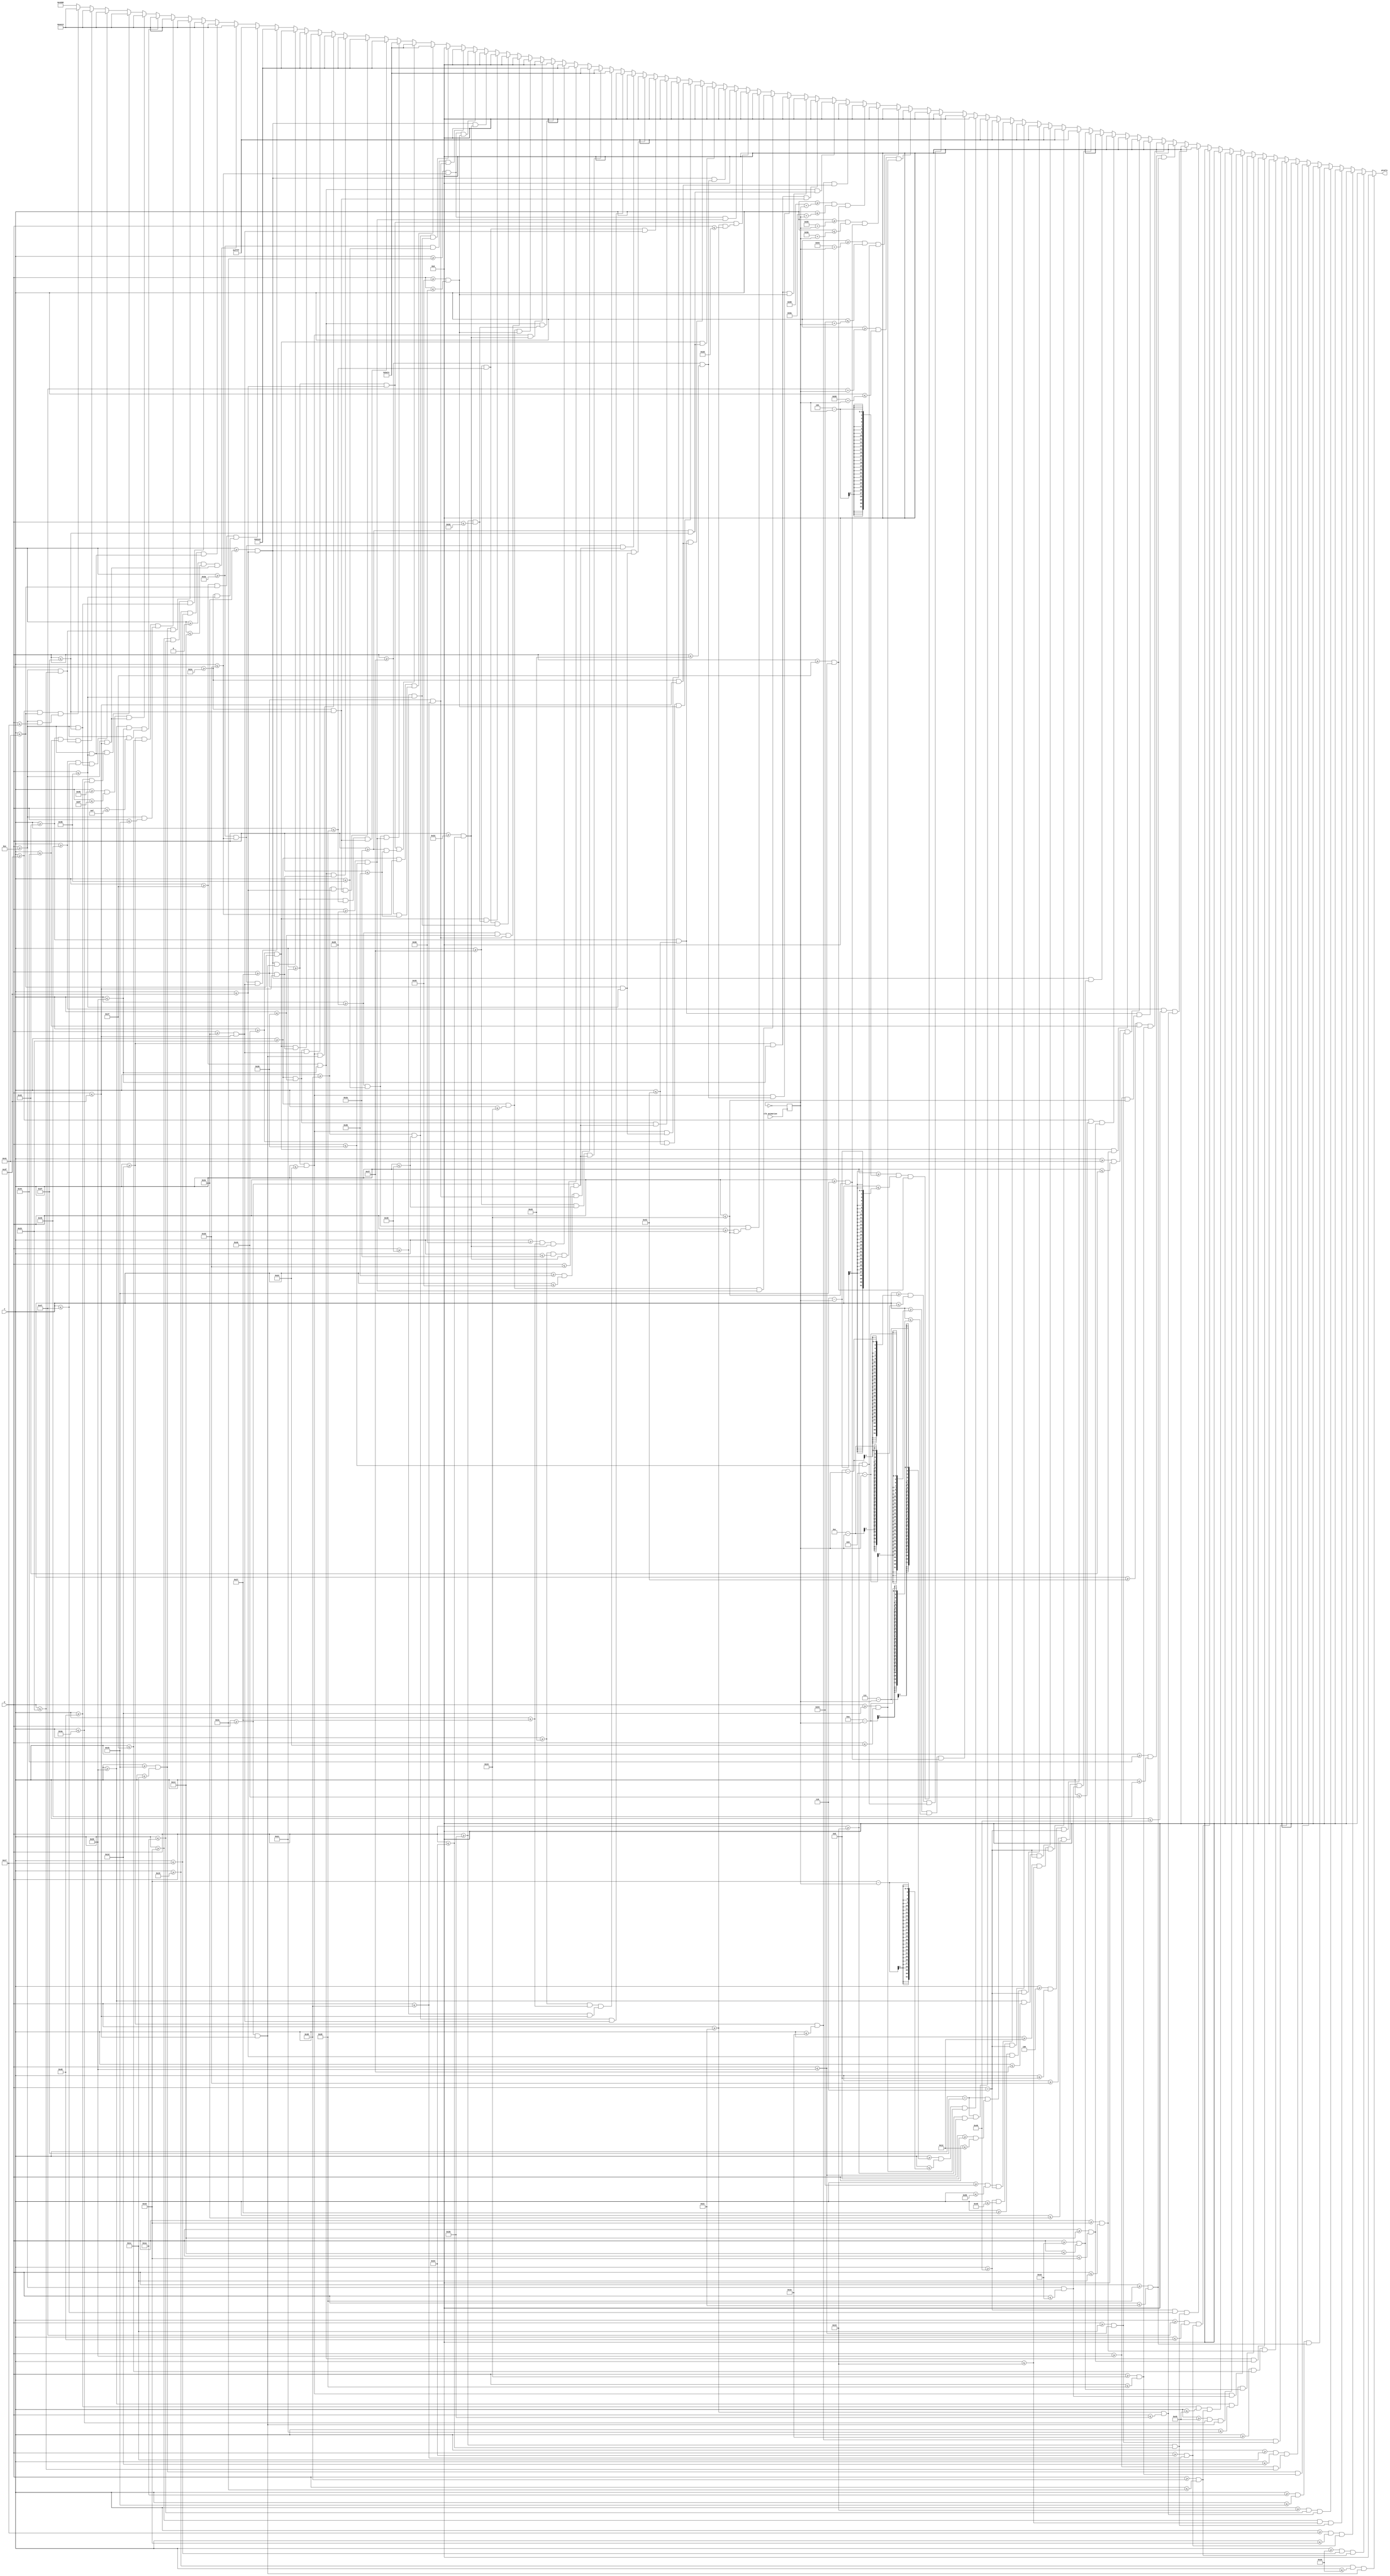
`timescale 1ns / 1ps
//////////////////////////////////////////////////////////////////////////////////
// Company: 
// Engineer: 
// 
// Design Name: 
// Module Name: choice
// Project Name: 
// Target Devices: 
// Tool Versions: 
// Description: 
// 
// Dependencies: 
// 
// Revision:
// Revision 0.01 - File Created
// Additional Comments:
// 
//////////////////////////////////////////////////////////////////////////////////


module choice(
    input [6:0] x,                
    input [5:0] y,
    input clk_animation,
    output reg [15:0] pixels
    );
    
    reg [1:0] movement;                                                                                 
    always @ (posedge clk_animation) movement <= ~movement; // toggles between 0 and 1 to shift x-coords
    
    always @ (*) begin    
        //         Choice screen
        //         Pavement outline brown:
             if ((x >= 21 && x <= 22) && (y >= 60 && y <= 63))     pixels = 16'h0000;
        else if ((x >= 22 && x <= 23) && (y >= 56 && y <= 60))     pixels = 16'h0000;
        else if ((x >= 23 && x <= 24) && (y >= 52 && y <= 56))     pixels = 16'h0000;
        else if ((x >= 24 && x <= 25) && (y >= 48 && y <= 52))     pixels = 16'h0000;
        else if ((x >= 25 && x <= 26) && (y >= 44 && y <= 48))     pixels = 16'h0000;
        else if ((x >= 26 && x <= 27) && (y >= 40 && y <= 44))     pixels = 16'h0000;
        else if ((x >= 27 && x <= 28) && (y >= 36 && y <= 40))     pixels = 16'h0000;
        else if ((x >= 28 && x <= 29) && (y >= 32 && y <= 35))     pixels = 16'h0000;
        else if ((x >= 29 && x <= 30) && (y >= 28 && y <= 32))     pixels = 16'h0000;
        else if ((x >= 30 && x <= 31) && (y >= 24 && y <= 28))     pixels = 16'h0000;
        else if ((x >= 31 && x <= 32) && (y >= 20 && y <= 24))     pixels = 16'h0000;
        else if ((x >= 32 && x <= 33) && (y >= 16 && y <= 20))     pixels = 16'h0000;
        else if ((x >= 33 && x <= 34) && (y >= 14 && y <= 16))     pixels = 16'h0000;
        
        else if ((x >= 73 && x <= 74) && (y >= 60 && y <= 63))     pixels = 16'h0000;
        else if ((x >= 72 && x <= 73) && (y >= 56 && y <= 60))     pixels = 16'h0000;
        else if ((x >= 71 && x <= 72) && (y >= 52 && y <= 56))     pixels = 16'h0000;
        else if ((x >= 70 && x <= 71) && (y >= 48 && y <= 52))     pixels = 16'h0000;
        else if ((x >= 69 && x <= 70) && (y >= 44 && y <= 48))     pixels = 16'h0000;
        else if ((x >= 68 && x <= 69) && (y >= 40 && y <= 44))     pixels = 16'h0000;
        else if ((x >= 67 && x <= 68) && (y >= 36 && y <= 40))     pixels = 16'h0000;
        else if ((x >= 66 && x <= 67) && (y >= 32 && y <= 36))     pixels = 16'h0000;
        else if ((x >= 65 && x <= 66) && (y >= 28 && y <= 32))     pixels = 16'h0000;
        else if ((x >= 64 && x <= 65) && (y >= 24 && y <= 28))     pixels = 16'h0000;
        else if ((x >= 63 && x <= 64) && (y >= 20 && y <= 24))     pixels = 16'h0000;
        else if ((x >= 62 && x <= 63) && (y >= 16 && y <= 20))     pixels = 16'h0000;
        else if ((x >= 61 && x <= 62) && (y >= 14 && y <= 16))     pixels = 16'h0000;
        
        //         Road white:
        //         H lines:
        //         [4,6 to 11,6][18,6 to 25,6][32,6 to 39,6][55,6 to 63,6][70,6 to 77,6][84,6 to 91,6]
        
        else if ((x >= 4 && x <= 11) && (y == 6))                  pixels = 16'hFFFF;
        else if ((x >= 18 && x <= 25) && (y == 6))                 pixels = 16'hFFFF;
        else if ((x >= 32 && x <= 39) && (y == 6))                 pixels = 16'hFFFF;
        else if ((x >= 55 && x <= 63) && (y == 6))                 pixels = 16'hFFFF;
        else if ((x >= 70 && x <= 77) && (y == 6))                 pixels = 16'hFFFF;
        else if ((x >= 84 && x <= 91) && (y == 6))                 pixels = 16'hFFFF;
        
        //         V lines:
        //         [47,11 to 47,18][47,25 to 47,32]
        
        else if ((x == 47) && (y >= 11 && y <= 18))                pixels = 16'hFFFF;
        else if ((x == 47) && (y >= 25 && y <= 32))                pixels = 16'hFFFF;
        
        //         Left arrow:
        else if ((x >= 4+3-movement && x <= 21+3-movement) && (y >= 29 && y <= 34))      pixels = 16'h0000;
        else if ((x >= 6+3-movement && x <= 7+3-movement) && (y >= 27 && y <= 36))       pixels = 16'h0000;
        else if ((x >= 8+3-movement && x <= 9+3-movement) && (y >= 25 && y <= 38))       pixels = 16'h0000;
        else if ((x >= 2+3-movement && x <= 3+3-movement) && (y >= 31 && y <= 32))       pixels = 16'h0000;
        
        //         Right arrow:
        else if ((x >= 74-3+movement && x <= 91-3+movement) && (y >= 29 && y <= 34))     pixels = 16'h0000;
        else if ((x >= 86-3+movement && x <= 87-3+movement) && (y >= 25 && y <= 38))     pixels = 16'h0000;
        else if ((x >= 88-3+movement && x <= 89-3+movement) && (y >= 27 && y <= 36))     pixels = 16'h0000;
        else if ((x >= 92-3+movement && x <= 93-3+movement) && (y >= 31 && y <= 32))     pixels = 16'h0000;
        
        //         Doctor black outline:
        //         Blocks:
        else if ((x >= 29 && x <= 30) && (y >= 46 && y <= 63))     pixels = 16'h0000;
        else if ((x >= 31 && x <= 32) && (y >= 42 && y <= 47))     pixels = 16'h0000;
        else if ((x >= 29 && x <= 32) && (y >= 46 && y <= 47))     pixels = 16'h0000;
        else if ((x >= 29 && x <= 32) && (y >= 53 && y <= 54))     pixels = 16'h0000;
        else if ((x >= 33 && x <= 34) && (y >= 39 && y <= 41))     pixels = 16'h0000;
        else if ((x >= 35 && x <= 36) && (y >= 37 && y <= 38))     pixels = 16'h0000;
        else if ((x >= 37 && x <= 59) && (y >= 35 && y <= 36))     pixels = 16'h0000;
        else if ((x >= 33 && x <= 63) && (y >= 44 && y <= 45))     pixels = 16'h0000;
        else if ((x >= 60 && x <= 61) && (y >= 37 && y <= 38))     pixels = 16'h0000;
        else if ((x >= 62 && x <= 63) && (y >= 39 && y <= 41))     pixels = 16'h0000;
        else if ((x >= 64 && x <= 65) && (y >= 42 && y <= 47))     pixels = 16'h0000;
        else if ((x >= 66 && x <= 67) && (y >= 46 && y <= 63))     pixels = 16'h0000;
        else if ((x >= 64 && x <= 67) && (y >= 53 && y <= 54))     pixels = 16'h0000;
        else if ((x >= 33 && x <= 34) && (y >= 55 && y <= 59))     pixels = 16'h0000;
        else if ((x >= 35 && x <= 38) && (y >= 60 && y <= 61))     pixels = 16'h0000;
        else if ((x >= 39 && x <= 40) && (y >= 62 && y <= 63))     pixels = 16'h0000;
        else if ((x >= 62 && x <= 63) && (y >= 55 && y <= 59))     pixels = 16'h0000;
        else if ((x >= 58 && x <= 61) && (y >= 60 && y <= 61))     pixels = 16'h0000;
        else if ((x >= 56 && x <= 57) && (y >= 62 && y <= 63))     pixels = 16'h0000;
        
        //         Mask blue:
        //         [41,57 to 55,63][39,60 to 57,61][43,55 to 53,56]
        else if ((x >= 41 && x <= 55) && (y >= 57 && y <= 63))     pixels = 16'h5E7C;
        else if ((x >= 39 && x <= 57) && (y >= 60 && y <= 61))     pixels = 16'h5E7C;
        else if ((x >= 43 && x <= 53) && (y >= 55 && y <= 56))     pixels = 16'h5E7C;                    
             
        //         Brown eyes:
        //         blocks:
        //         [41,51 to 42,52][54,51 to 55,52] 
        else if ((x >= 41 && x <= 42) && (y >= 51 && y <= 52))     pixels = 16'h61C6;
        else if ((x >= 54 && x <= 55) && (y >= 51 && y <= 52 ))    pixels = 16'h61C6;
                 
        //         Mask gray string:
        //         [31,48 to 32,50][33,51 to 34,52][35,53 to 36,54][37,55 to 38,56][39,57 to 40,59][64,48 to 65,50][62,51 to 63,52][60,53 to 61,54][58,55 to 59,56][56,57 to 57,59]
        else if ((x >= 31 && x <= 32) && (y >= 48 && y <= 50))     pixels = 16'h0000;
        else if ((x >= 33 && x <= 34) && (y >= 51 && y <= 52))     pixels = 16'h0000;
        else if ((x >= 35 && x <= 36) && (y >= 53 && y <= 54))     pixels = 16'h0000;
        else if ((x >= 37 && x <= 38) && (y >= 55 && y <= 56))     pixels = 16'h0000;
        else if ((x >= 39 && x <= 40) && (y >= 57 && y <= 59))     pixels = 16'h0000;
        else if ((x >= 64 && x <= 65) && (y >= 48 && y <= 50))     pixels = 16'h0000;
        else if ((x >= 62 && x <= 63) && (y >= 51 && y <= 52))     pixels = 16'h0000;
        else if ((x >= 60 && x <= 61) && (y >= 53 && y <= 54))     pixels = 16'h0000;
        else if ((x >= 58 && x <= 59) && (y >= 55 && y <= 56))     pixels = 16'h0000;
        else if ((x >= 56 && x <= 57) && (y >= 57 && y <= 59))     pixels = 16'h0000;
         
                 
        //         Hat blue:
        //         [35,39 to 61,43][33,42 to 63,43][37,37 to 59,38]  
        else if ((x >= 35 && x <= 61) && (y >= 39 && y <= 43))     pixels = 16'h5E7C;
        else if ((x >= 33 && x <= 63) && (y >= 42 && y <= 43))     pixels = 16'h5E7C;
        else if ((x >= 37 && x <= 59) && (y >= 37 && y <= 38))     pixels = 16'h5E7C;
        
        //         Brown hair:
        //         Blocks
        //         [33,46 to 40,47][56,46 to 63,47][31,55 to 32,63][33,60 to 34,63][35,62 to 38,63][64,55 to 65,63][62,60 to 63,63][58,62 to 61,63]
        else if ((x >= 33 && x <= 40) && (y >= 46 && y <= 47))     pixels = 16'h61C6;
        else if ((x >= 56 && x <= 63) && (y >= 46 && y <= 47))     pixels = 16'h61C6;
        else if ((x >= 31 && x <= 32) && (y >= 55 && y <= 63))     pixels = 16'h61C6;
        else if ((x >= 33 && x <= 34) && (y >= 60 && y <= 63))     pixels = 16'h61C6;
        else if ((x >= 35 && x <= 38) && (y >= 62 && y <= 63))     pixels = 16'h61C6;
        else if ((x >= 64 && x <= 65) && (y >= 55 && y <= 63))     pixels = 16'h61C6;
        else if ((x >= 62 && x <= 63) && (y >= 60 && y <= 63))     pixels = 16'h61C6;
        else if ((x >= 58 && x <= 61) && (y >= 62 && y <= 63))     pixels = 16'h61C6;

        
        //         Beige skin:
        //         blocks
        //         [31,46 to 65,59]
        else if ((x >= 31 && x <= 65) && (y >= 46 && y <= 59))     pixels = 16'hFFFF;
         
        //         Pavement beige:
        else if ((x >= 0 && x <= 20) && (y >= 14 && y <= 63))      pixels = 16'hEE13;
        else if ((x >= 21 && x <= 23) && (y >= 14 && y <= 59))     pixels = 16'hEE13;
        else if ((x >= 24 && x <= 26) && (y >= 14 && y <= 47))     pixels = 16'hEE13;
        else if ((x >= 27 && x <= 28) && (y >= 14 && y <= 35))     pixels = 16'hEE13;
        else if ((x >= 29 && x <= 31) && (y >= 14 && y <= 27))     pixels = 16'hEE13;
        else if ((x >= 32 && x <= 32) && (y >= 14 && y <= 15))     pixels = 16'hEE13;
        
        else if ((x >= 75 && x <= 95) && (y >= 14 && y <= 63))     pixels = 16'hEE13;
        else if ((x >= 72 && x <= 74) && (y >= 14 && y <= 59))     pixels = 16'hEE13;
        else if ((x >= 69 && x <= 71) && (y >= 14 && y <= 47))     pixels = 16'hEE13;
        else if ((x >= 66 && x <= 68) && (y >= 14 && y <= 35))     pixels = 16'hEE13;
        else if ((x >= 63 && x <= 65) && (y >= 14 && y <= 23))     pixels = 16'hEE13;
             
        else pixels = 16'h4208;
    end

endmodule